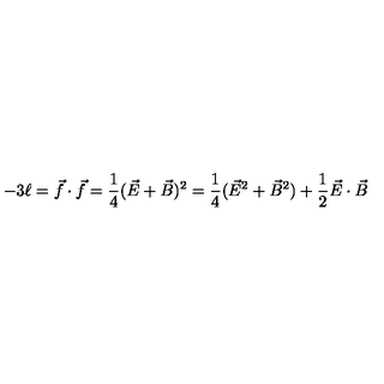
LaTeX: - 3 \ell = \vec { f } \cdot \vec { f } = \frac { 1 } { 4 } ( \vec { E } + \vec { B } ) ^ { 2 } = \frac { 1 } { 4 } ( \vec { E } ^ { 2 } + \vec { B } ^ { 2 } ) + \frac { 1 } { 2 } \vec { E } \cdot \vec { B }